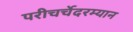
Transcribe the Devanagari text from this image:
परीचर्चेदरम्यान